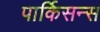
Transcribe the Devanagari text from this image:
पार्किसन्स